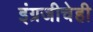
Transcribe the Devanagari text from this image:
इंग्रजीचेही